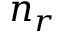
n _ { r }